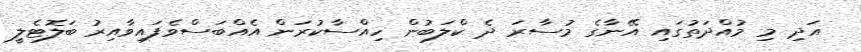
އަދި މި މުއްދަތުގައި އޭނާގެ މުސާރަ ދެ ކްލަބުން ހިއްސާކުރަން އެއްބަސްވެފައިވާއިރު ބަލޮޓެލީ